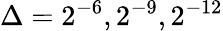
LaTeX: \Delta=2^{-6},2^{-9},2^{-12}